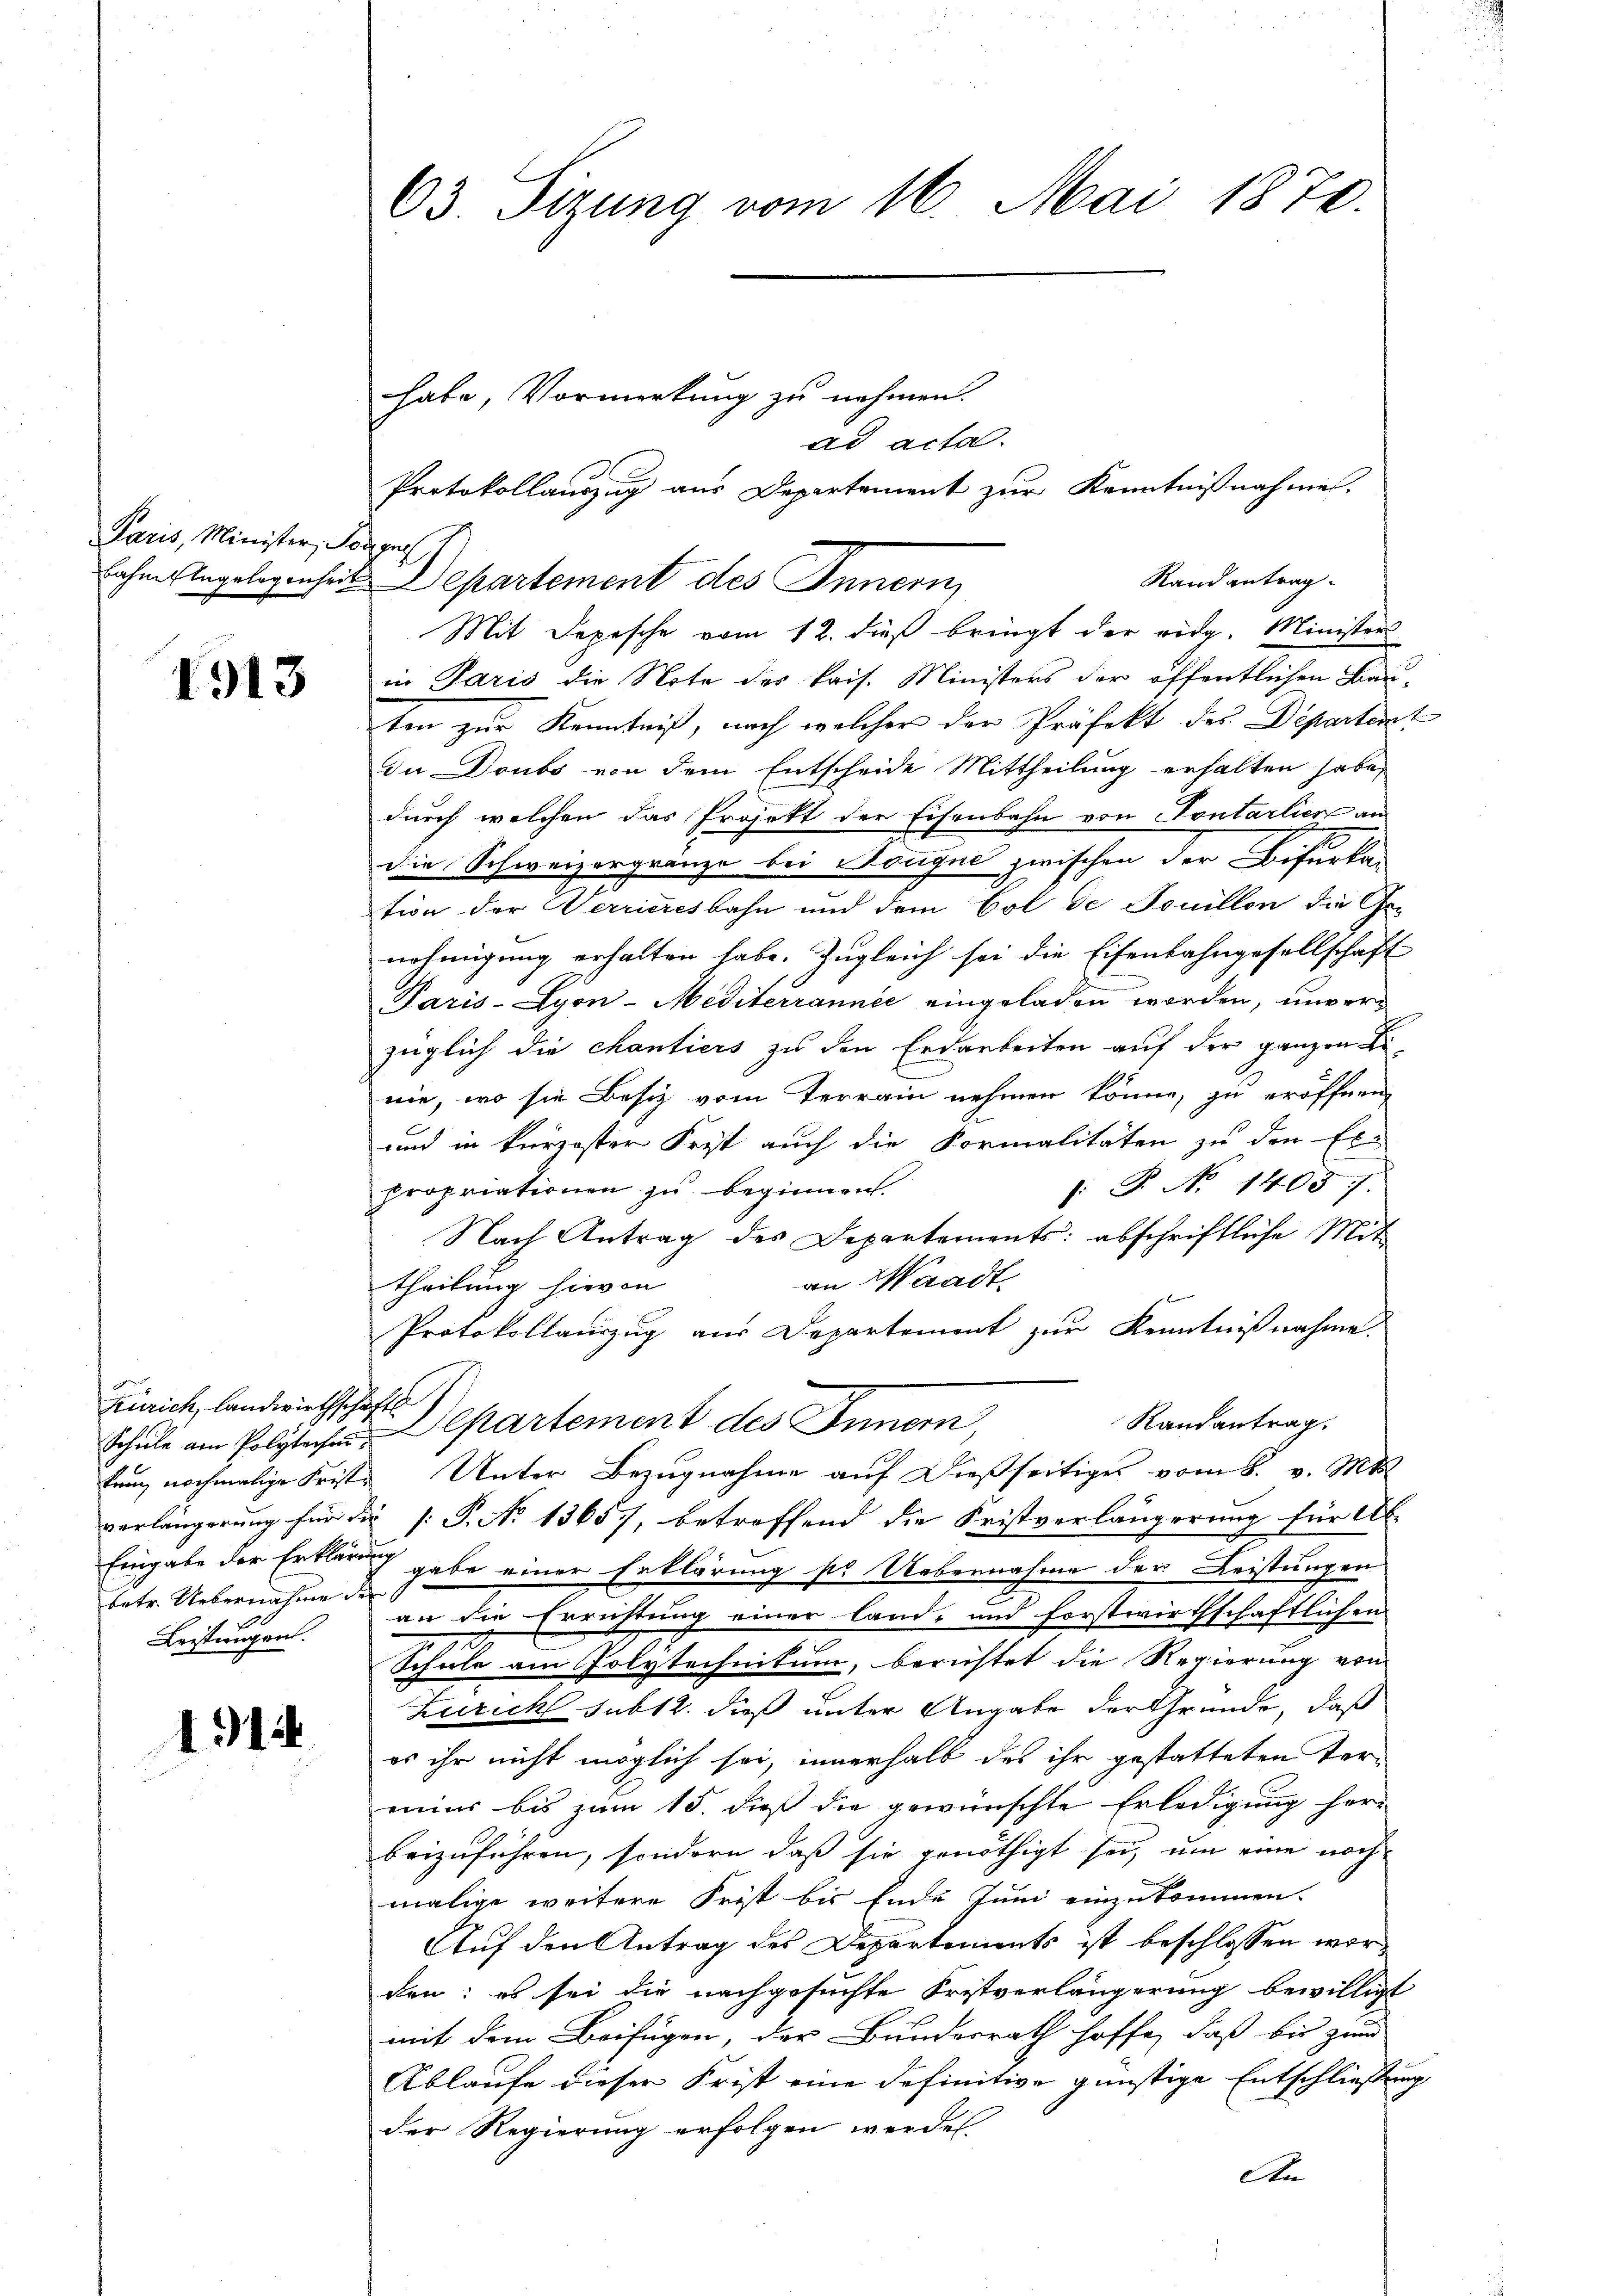
Paris, Minister, Son
bahne Engelegenheit

1913

Zürich, landwirthschaftli
hrung nochmalige Fristbetr. Uebernahme der
g
Leistungen.

1914

63. Sizung vom 16. Mai 1872.

Mit Depesche vom 12. dieß bringt der eidg. Minister
in Paris die Note des kais. Ministers der öffentlichen Bau-
ten zur Kenntniß, nach welcher der Präfekt des Departent
In Doubs von dem Entscheide Mittheilung erhalten habe,
durch welchen das Projekt der Eisenbahn von Contarlier an
die Schweizergrenze bei Königne zwischen der Bifurka-
tion der Verrieresbahn und dem Bot de Touillon die Ge-
nehmigung erhalten habe. Zugleich sei die Eisenbahngesellschaft
Paris-Lyon-Mediterrannée eingeladen worden, unverzüglich die chantiers zu den Erdarbeiten auf der ganzen S
nie, wo sie Besitz vom Terrain nehmen könne, zu eröffnen,
und in kurzester Frist auch die Formalitäten zu den El-
: P. No 1403.
propriationen zu beginnen.
Nach Antrag des Departements: abschriftliche Mit
an Waadt,
theilung hievon
Protokollauszug aus Departement zur Kenntnißnahme.
Randantrag.
Schule am Polytechen Departement des Innern,
Unter Bezugnahme auf dießseitiges vom 8. v. Mts.
verlängerung für die P. No 13657, betreffend die Fristverlängerung für Al
Eingabe der Erklärung gabe einer Erklärung s. Uebernahme der Leistungen
an die Errichtung einer land- und forstwirthschaftlichen
Schule am Polytechnikum, berichtet die Regierung vom
Zürich sub12. dieß unter Angabe der Gründe, daß
es ihr nicht möglich sei, innerhalb des ihr gestatteten Tereiner bis zum 15. dieß die gewünschte Erledigung her-
beizuführen, sondern daß sie genöthigt sei, um eine noch
malige weitere Frist bis Ende Juni einzukommen.
Auf den Antrag des Departements ist beschlossen worden: es sei die nachgesuchte Fristverlängerung bewilligt
mit dem Beifügen, der Bundesrath hoffe, daß bis zum
Ablaufe dieser Frist eine definitive günstige Entschliessung
der Regierung erfolgen werden.
An

habe, Vormerkung zu nehmen.
a
Departement des Innern,

ad acta.
Protokollauszug aus Departement zur Kenntnißnahme.
Rand antrag.